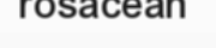
rosacean